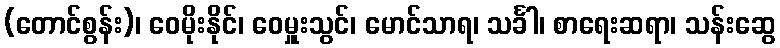
(တောင်စွန်း)၊ ဝေမိုးနိုင်၊ ဝေမှူးသွင်၊ မောင်သာရ၊ သင်္ခါ၊ စာရေးဆရာ၊ သန်းဆွေ